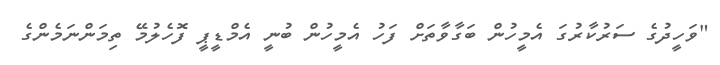
"ވަހީދުގެ ސަރުކާރުގަ އެމީހުން ބަގާވާތަށް ފަހު އެމީހުން ބުނީ އެމްޑީޕީ ފޮހެލުމޭ ތިމަންނަމެންގެ